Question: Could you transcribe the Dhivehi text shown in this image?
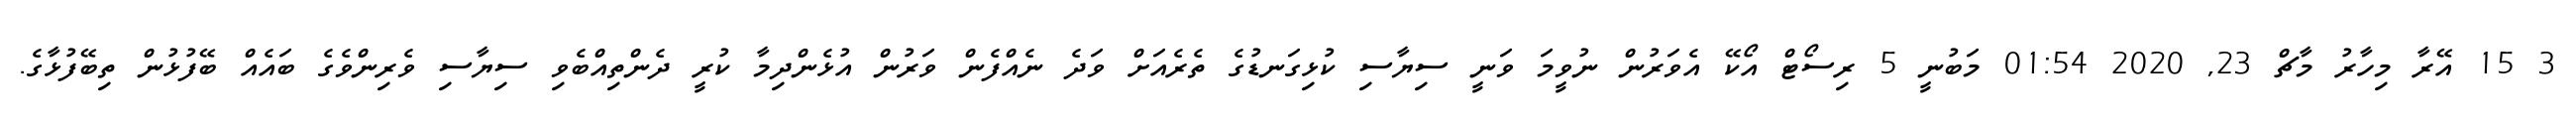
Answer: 3 15 އޭރާ މިހާރު މާޗް 23, 2020 01:54 މަބުނީ 5 ރިސޯޓް އޯކޭ އެވަރުން ނުވީމަ ވަނީ ސިޔާސި ކުޅިގަނޑުގެ ތެރެއަށް ވަދެ ނެއްފެން ވަރުން އުޅެންދިމާ ކުރީ ދެންތިއްބެވި ސިޔާސި ވެރިންވެގެ ބައެއް ބޭފުޅުން ތިބޭފުޅާގެ.